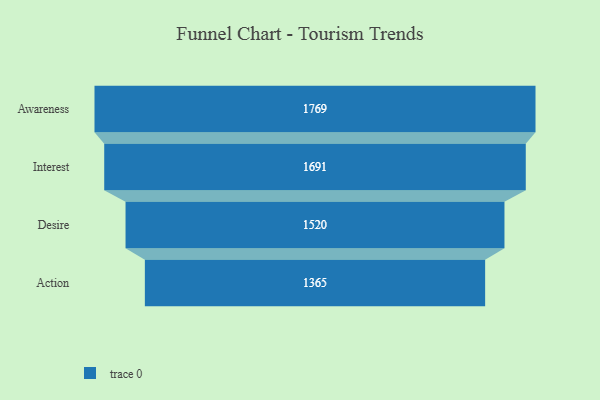
{"axis": {"x": "Stage", "y": "Value"}, "legend": [""], "data": [{"x": "Awareness", "y": 1769.0, "type": ""}, {"x": "Interest", "y": 1691.0, "type": ""}, {"x": "Desire", "y": 1520.0, "type": ""}, {"x": "Action", "y": 1365.0, "type": ""}]}